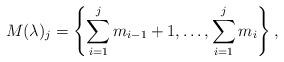
LaTeX: \begin{align*}M(\lambda )_j = \left\{\sum _{i=1}^j m_{i-1}+1,\dots, \sum _{i=1}^j m_i\right\},\end{align*}